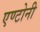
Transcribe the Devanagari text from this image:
एण्टोनी